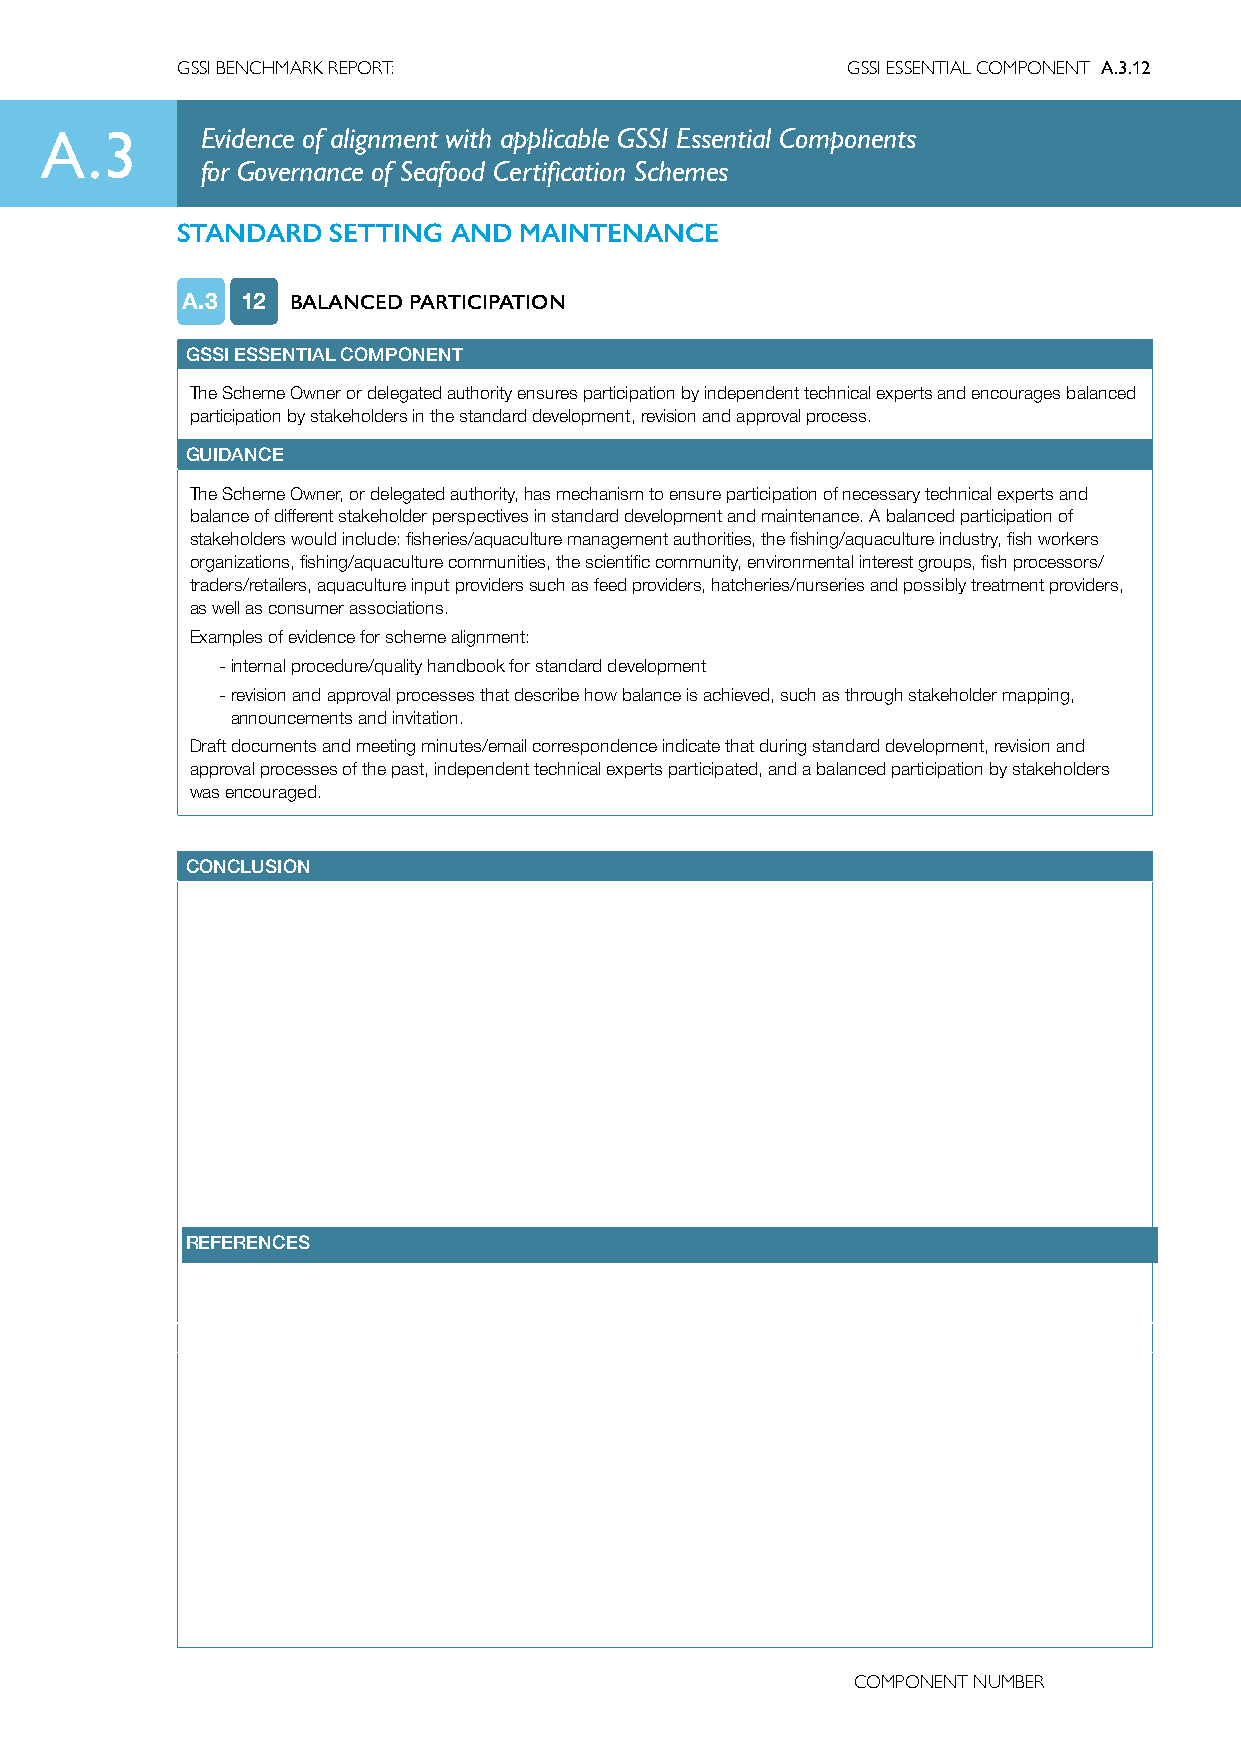
GSSI BENCHMARK REPORT:                      GSSI ESSENTIAL COMPONENT A.3.12
 A.3       Evidence of alignment with applicable GSSI Essential Components
 for Governance of Seafood Certification Schemes
 STANDARD  SETTING AND MAINTENANCE
 A.3 12 BALANCED PARTICIPATION
 GSSI ESSENTIAL COMPONENT
 The Scheme Owner or delegated authority ensures participation by independent technical experts and encourages balanced
 participation by stakeholders in the standard development, revision and approval process.
 GUIDANCE
 The Scheme Owner, or delegated authority, has mechanism to ensure participation of necessary technical experts and
 balance of different stakeholder perspectives in standard development and maintenance. A balanced participation of
 stakeholders would include: fisheries/aquaculture management authorities, the fishing/aquaculture industry, fish workers
 organizations, fishing/aquaculture communities, the scientific community, environmental interest groups, fish processors/
 traders/retailers, aquaculture input providers such as feed providers, hatcheries/nurseries and possibly treatment providers,
 as well as consumer associations.
 Examples of evidence for scheme alignment:
 - internal procedure/quality handbook for standard development
 - revision and approval processes that describe how balance is achieved, such as through stakeholder mapping,
 announcements and invitation.
 Draft documents and meeting minutes/email correspondence indicate that during standard development, revision and
 approval processes of the past, independent technical experts participated, and a balanced participation by stakeholders
 was encouraged.
 CONCLUSION
 REFERENCES
 COMPONENT NUMBER